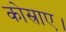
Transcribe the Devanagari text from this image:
कोस्राए।